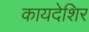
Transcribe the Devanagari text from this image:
कायदेशिर